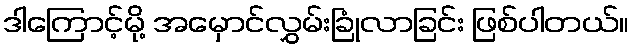
ဒါကြောင့်မို့ အမှောင်လွှမ်းခြုံလာခြင်း ဖြစ်ပါတယ်။